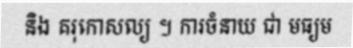
និង គរុកោសល្យ ។ ការចំនាយ ជា មធ្យម